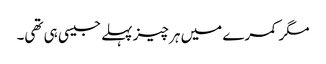
مگر کمرے میں ہر چیز پہلے جیسی ہی تھی۔